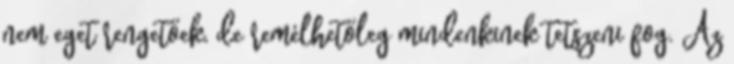
nem eget rengetőek, de remélhetőleg mindenkinek tetszeni fog. Az